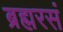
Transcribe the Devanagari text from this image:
ब्रह्मरसं